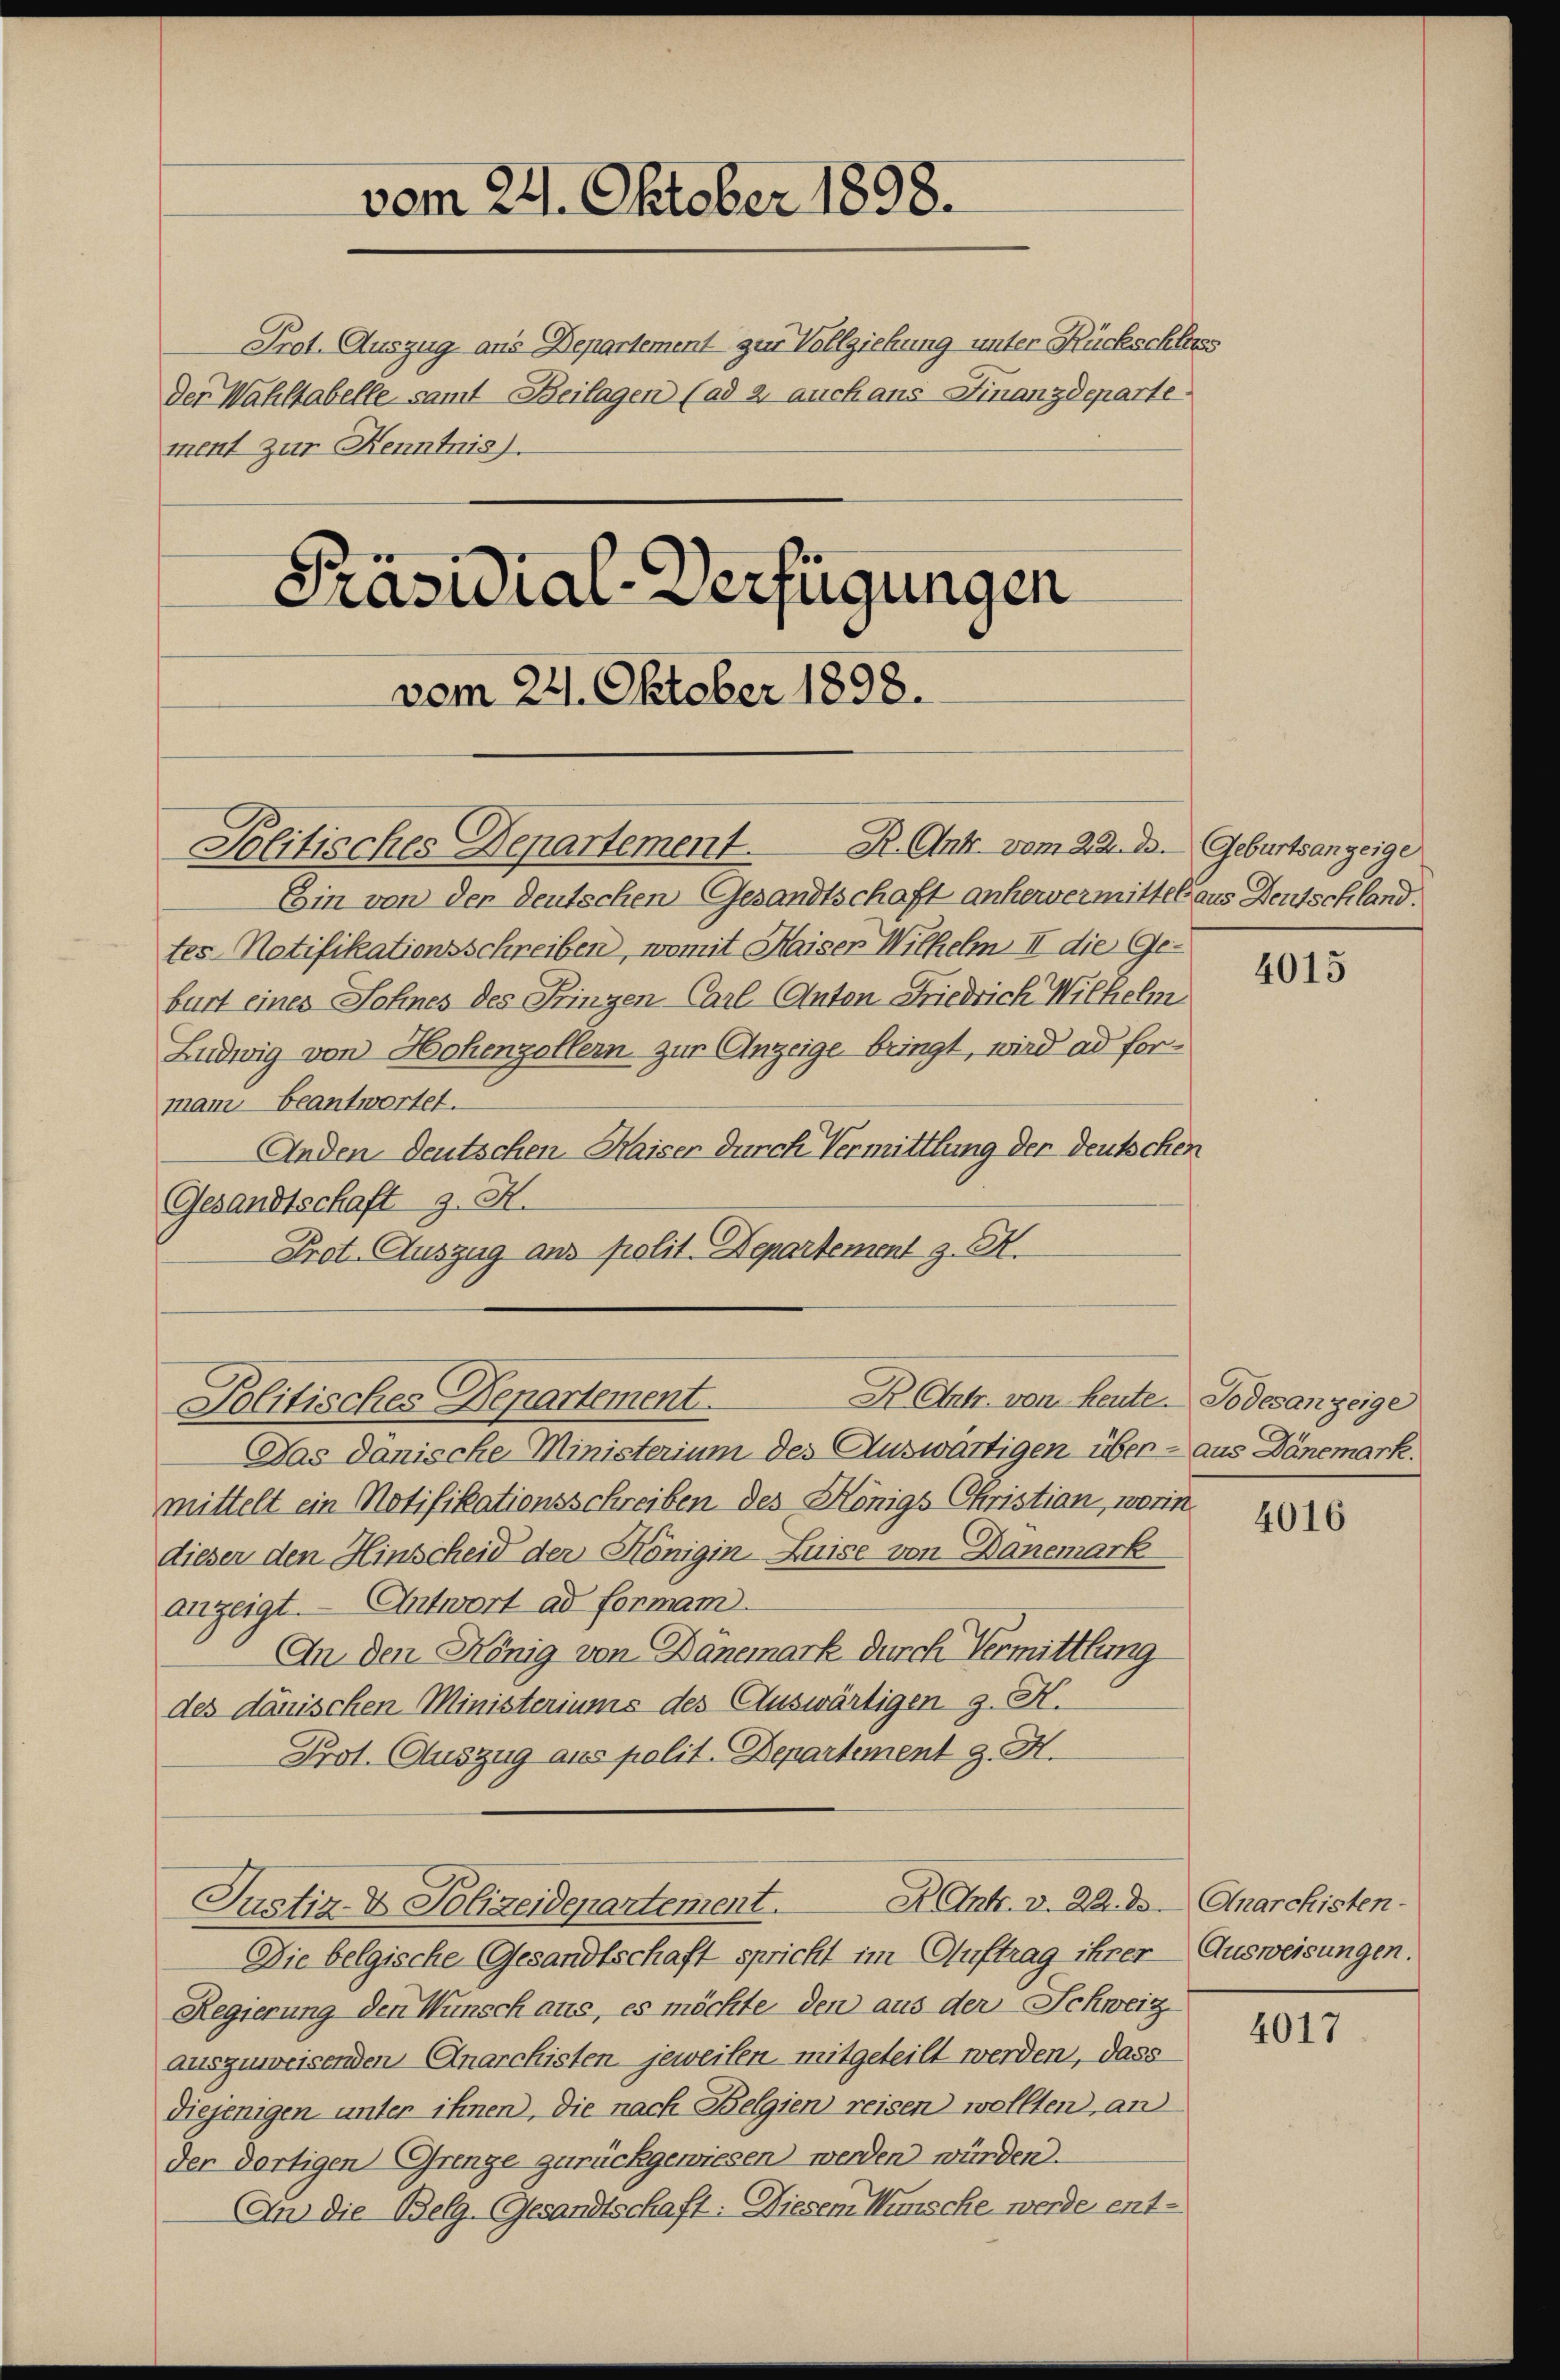
Der Wahltabelle samt Beilagen (ad 2. auch ans Finanzdeparte
ment zur Kenntnis.

Prot. Auszug aus Departement zur Vollziehung unter Rückschluss

vom 24. Oktober 1898.

Präsidial-Verfügungen

vom 24. Oktober 1898.

Ein von der Deutschen Gesandtschaft anhervermittel aus Deutschland.
tes-Notifikationsschreiben, womit Haiser Wilhelm II die Geburt eines Sohnes des Pringen Carl Anton Friedrich Wilhelm
Ludwig von Hohenzollern zur Anzeige bringt, wird ad for-
mani beantwortet.
Anden deutschen Kaiser durch Vermittlung der Deutschen
Gesandtschaft z. H.
Prot. Auszug aus polit. Departement z. B.
Das dänische Ministerium des Auswärtigen über - aus Dänemark.
mittelt ein Notifikationsschreiben des Königs Christian, worin
dieser den Hinscheid der Königin Luise von Danemark
anzeigt. — Antwort ad formam
An den König von Banemark durch Vermittlung
des dänischen Ministeriums des Auswärtigen 9. H.
Prot. Auszug aus polit. Departement J. H.
D Ant. v. 22. ds Anarchisten-
Justiz- & Polizeidepartement.
Die belgische Gesandtschaft spricht im Auftrag ihrer
Regierung den Wunsch aus, es möchte den aus der Schweiz
auszuweisenden Anarchisten jeweisen, mitgeteilt werden, dass
Diejenigen unter ihnen, die nach Belgien reisen wollten, an
der dortigen Grenze zurückgewiesen werden würden.
An die Belg. Gesandtschaft: Diesem Wünsche werde ent¬

R. Ant. vom 22. d. Geburtsanzeige
Politisches Departement.

Dr. Antr. von heute.
Politisches Departement.

e

4

4015

Todesanzeige

4016

Ausweisungen.

4017